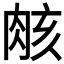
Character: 𮌑